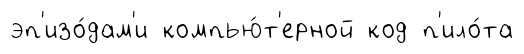
эп'изо́дам'и компью́т'ерной код п'ило́та